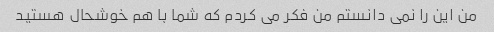
من این را نمی دانستم من فکر می کردم که شما با هم خوشحال هستید